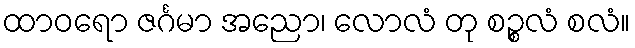
ထာဝရော ဇင်္ဂမာ အညော၊ လောလံ တု စဉ္စလံ စလံ။